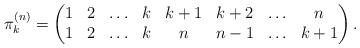
LaTeX: \begin{gather*}\pi_{k}^{(n)}= \begin{pmatrix} 1& 2& \ldots& k& k+1& k+2&\ldots& n \\1& 2& \ldots& k& n& {n-1}& \ldots& k+1 \end{pmatrix}.\end{gather*}